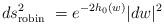
LaTeX: \begin{align*}ds_{\rm robin}^2\ =e^{-2h_0(w)}|dw|^2 \qquad\qquad\qquad\end{align*}